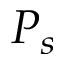
P _ { s }